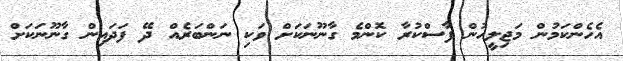
އެހެންކަމުން މަޖިލީހުން ފާސްކުރާ ކޮންމެ ގާނޫނަކަށް ވަކި ނަންބަރެއް ދޭ ފަދައިން ގާނޫނަކަށް